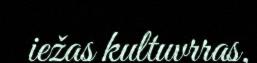
iežas kultuvrras,